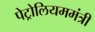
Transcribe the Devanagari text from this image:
पेट्रोलियममंत्री